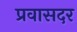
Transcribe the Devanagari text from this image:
प्रवासदर